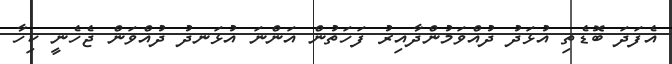
އެފަދަ ބޮޑެތި އުޅަދު ދުއްވަމުންދާއިރު ފަހަތުން އަންނަ އުޅަނދު ދުއްވަން ޖެހެނީ ކިހާ